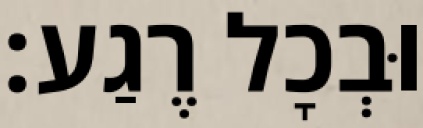
וּבְכׇל רֶגַע: